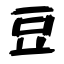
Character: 豆